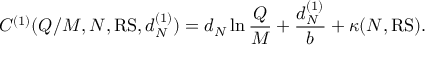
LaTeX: C ^ { ( 1 ) } ( Q / M , N , \mathrm { R S } , d _ { N } ^ { ( 1 ) } ) = d _ { N } \ln \frac { Q } { M } + \frac { d _ { N } ^ { ( 1 ) } } { b } + \kappa ( N , { \mathrm { R S } } ) .